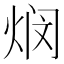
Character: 𬊖